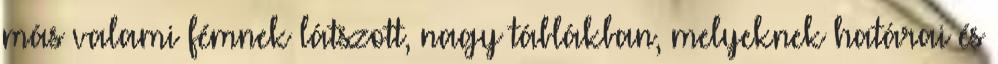
más valami fémnek látszott, nagy táblákban, melyeknek határai és